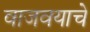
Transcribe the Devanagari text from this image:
वाजवयाचे